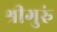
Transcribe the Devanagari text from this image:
श्रीगुरुं